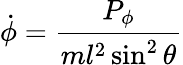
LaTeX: {\dot{\phi}}={\frac{P_{\phi}}{ml^{2}\sin^{2}\theta}}